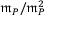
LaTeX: { \mathfrak { m } } _ { P } / { \mathfrak { m } } _ { P } ^ { 2 }